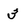
Character: 3